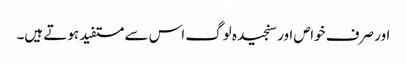
اور صرف خواص اور سنجیدہ لوگ اس سے مستفید ہوتے ہیں۔